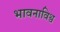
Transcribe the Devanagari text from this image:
भावनाविश्व